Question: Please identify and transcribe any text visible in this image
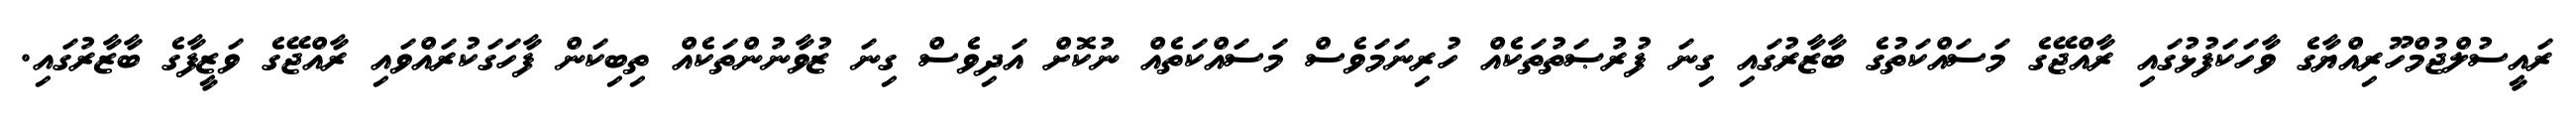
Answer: ރައީސުލްޖުމްހޫރިއްޔާގެ ވާހަކަފުޅުގައި ރާއްޖޭގެ މަސައްކަތުގެ ބާޒާރުގައި ގިނަ ފުރުޞަތުތަކެއް ހުރިނަމަވެސް މަސައްކަތެއް ނުކޮށް އަދިވެސް ގިނަ ޒުވާނުންތަކެއް ތިބިކަން ފާހަގަކުރައްވައި ރާއްޖޭގެ ވަޒީފާގެ ބާޒާރުގައި.